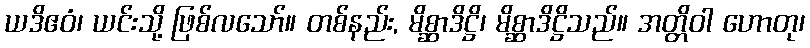
ယဒိဧဝံ၊ ယင်းသို့ ဖြစ်လသော်။ တစ်နည်း, မိစ္ဆာဒိဋ္ဌိ၊ မိစ္ဆာဒိဋ္ဌိသည်။ အတ္တိဝါ ဟောတု၊